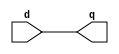
`timescale 1ns / 1ps
//////////////////////////////////////////////////////////////////////////////////
// Company: 
// Engineer: 
// 
// Design Name: 
// Module Name:    D_FF 
// Project Name: 
// Target Devices: 
// Tool versions: 
// Description: 
//
// Dependencies: 
//
// Revision: 
// Revision 0.01 - File Created
// Additional Comments: 
//
//////////////////////////////////////////////////////////////////////////////////
module D_FF(
    input d,
    output q
    );
	assign q=d;

endmodule